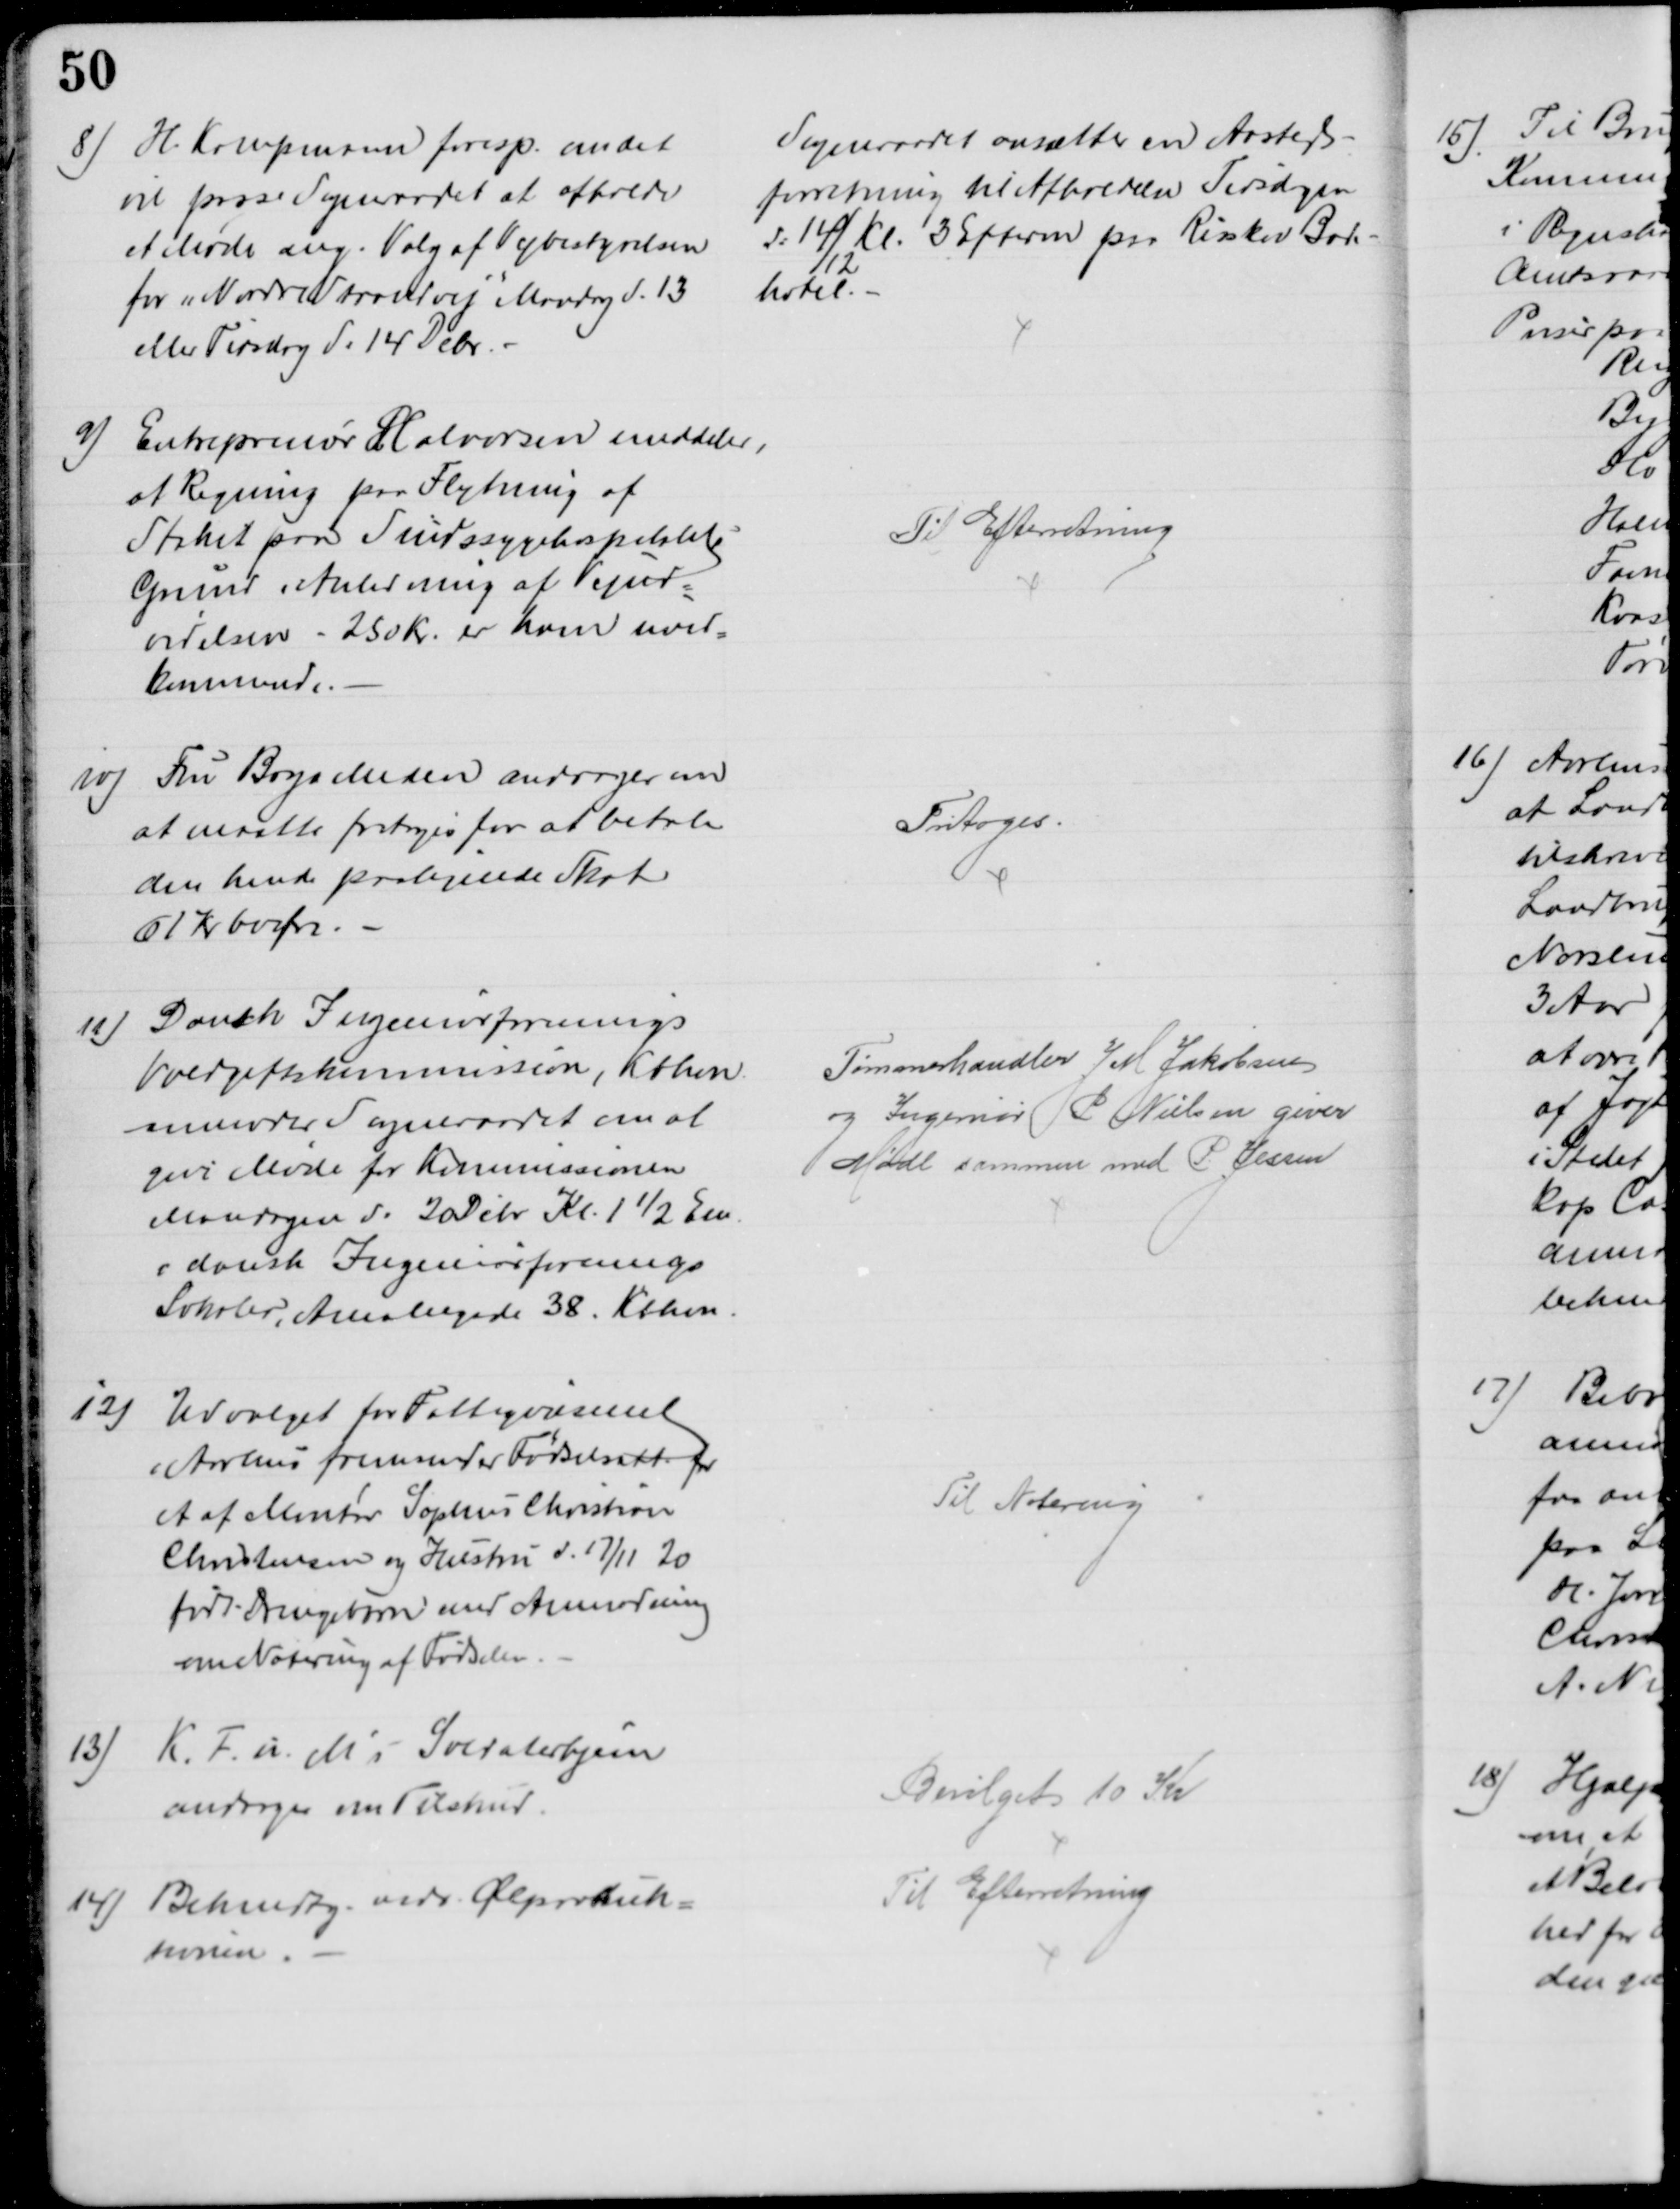
Transskription:
8) H. Kampmann foresp. om det
vil passe Sogneraadet at afholde
et Møde ang. Valg af Vejbestyrelsen
for „Nordre Strandvej" Mandag d. 13
eller Tirsdag d. 14 Debr.
Sogneraadet ansætter en Aasteds-
forretning til Afholdelse Tirsdagen
d. 14/12 Kl. 3 Efterm paa Risskov Bade-
hotel. 
9) Entreprenør Halvorsen meddeler,
at Regning paa Flytning af
Stakit paa Sindssygehospitalets
Grund i Anledning af Vejud-
videlsen - 250 Kr. er ham uved-
kommende.
Til Efterretning
10)
Fru Boya Meden andrager om
at maatte fritages for at betale
den hende paalignede Skat
61 Kr 60 Øre.
Fritoges.
11) Dansk Ingeniørforenings
Voldgiftskommission, Kbhvn.
anmoder Sogneraadet om at
give Møde for Kommissionen
Mandagen d. 20 Debr Kl. 1½ Em.
i dansk Ingeniørforenings
Lokaler, Amaliegade 38. Kbhvn.
Tømmerhandler J M Jakobsen
og Ingerniør P. Nielsen giver
Møde sammen med P. Jessen
12)
Udvalget for Fattigvæsenet
i Aarhus fremsender Fødselsatt. for
et af Montør Sophus Christian
Christensen og Hustru d. 17/11 20
født Drengebarn med Anmodning
om Notering af Fødselen.
Til Notering
13)
K. F. U. M.s Soldaterhjem
andrager om Tilskud.
Bevilget 10 Kr
14) Bekendtg. vedr. Ølproduk=
tionen.
Til Efterretning